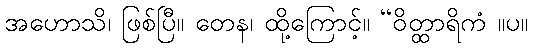
အဟောသိ၊ ဖြစ်ပြီ။ တေန၊ ထို့ကြောင့်။ “ဝိတ္ထာရိကံ ။ပ။